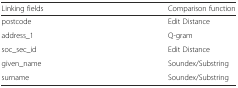
<table><thead><tr><td><b>Linking fields</b></td><td><b>Comparison function</b></td></tr></thead><tbody><tr><td>postcode</td><td>Edit Distance</td></tr><tr><td>address_1</td><td>Q-gram</td></tr><tr><td>soc_sec_id</td><td>Edit Distance</td></tr><tr><td>given_name</td><td>Soundex/Substring</td></tr><tr><td>surname</td><td>Soundex/Substring</td></tr></tbody></table>